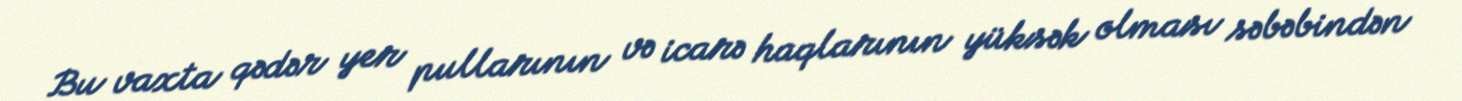
Bu vaxta qədər yer pullarının və icarə haqlarının yüksək olması səbəbindən